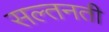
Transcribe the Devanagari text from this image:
सल्तनती